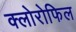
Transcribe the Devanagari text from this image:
क्‍लोरोफिल